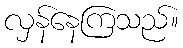
လှန်နေကြသည်။